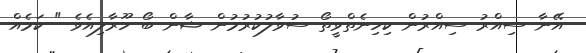
އޭނާ ސިއްރު ސިއްރުން ކިހިނެތްވީތޯ ސުވާލުކުރުމުން ޝާން ބޯ ހޫރާލިއެވެ " ކަމެއް